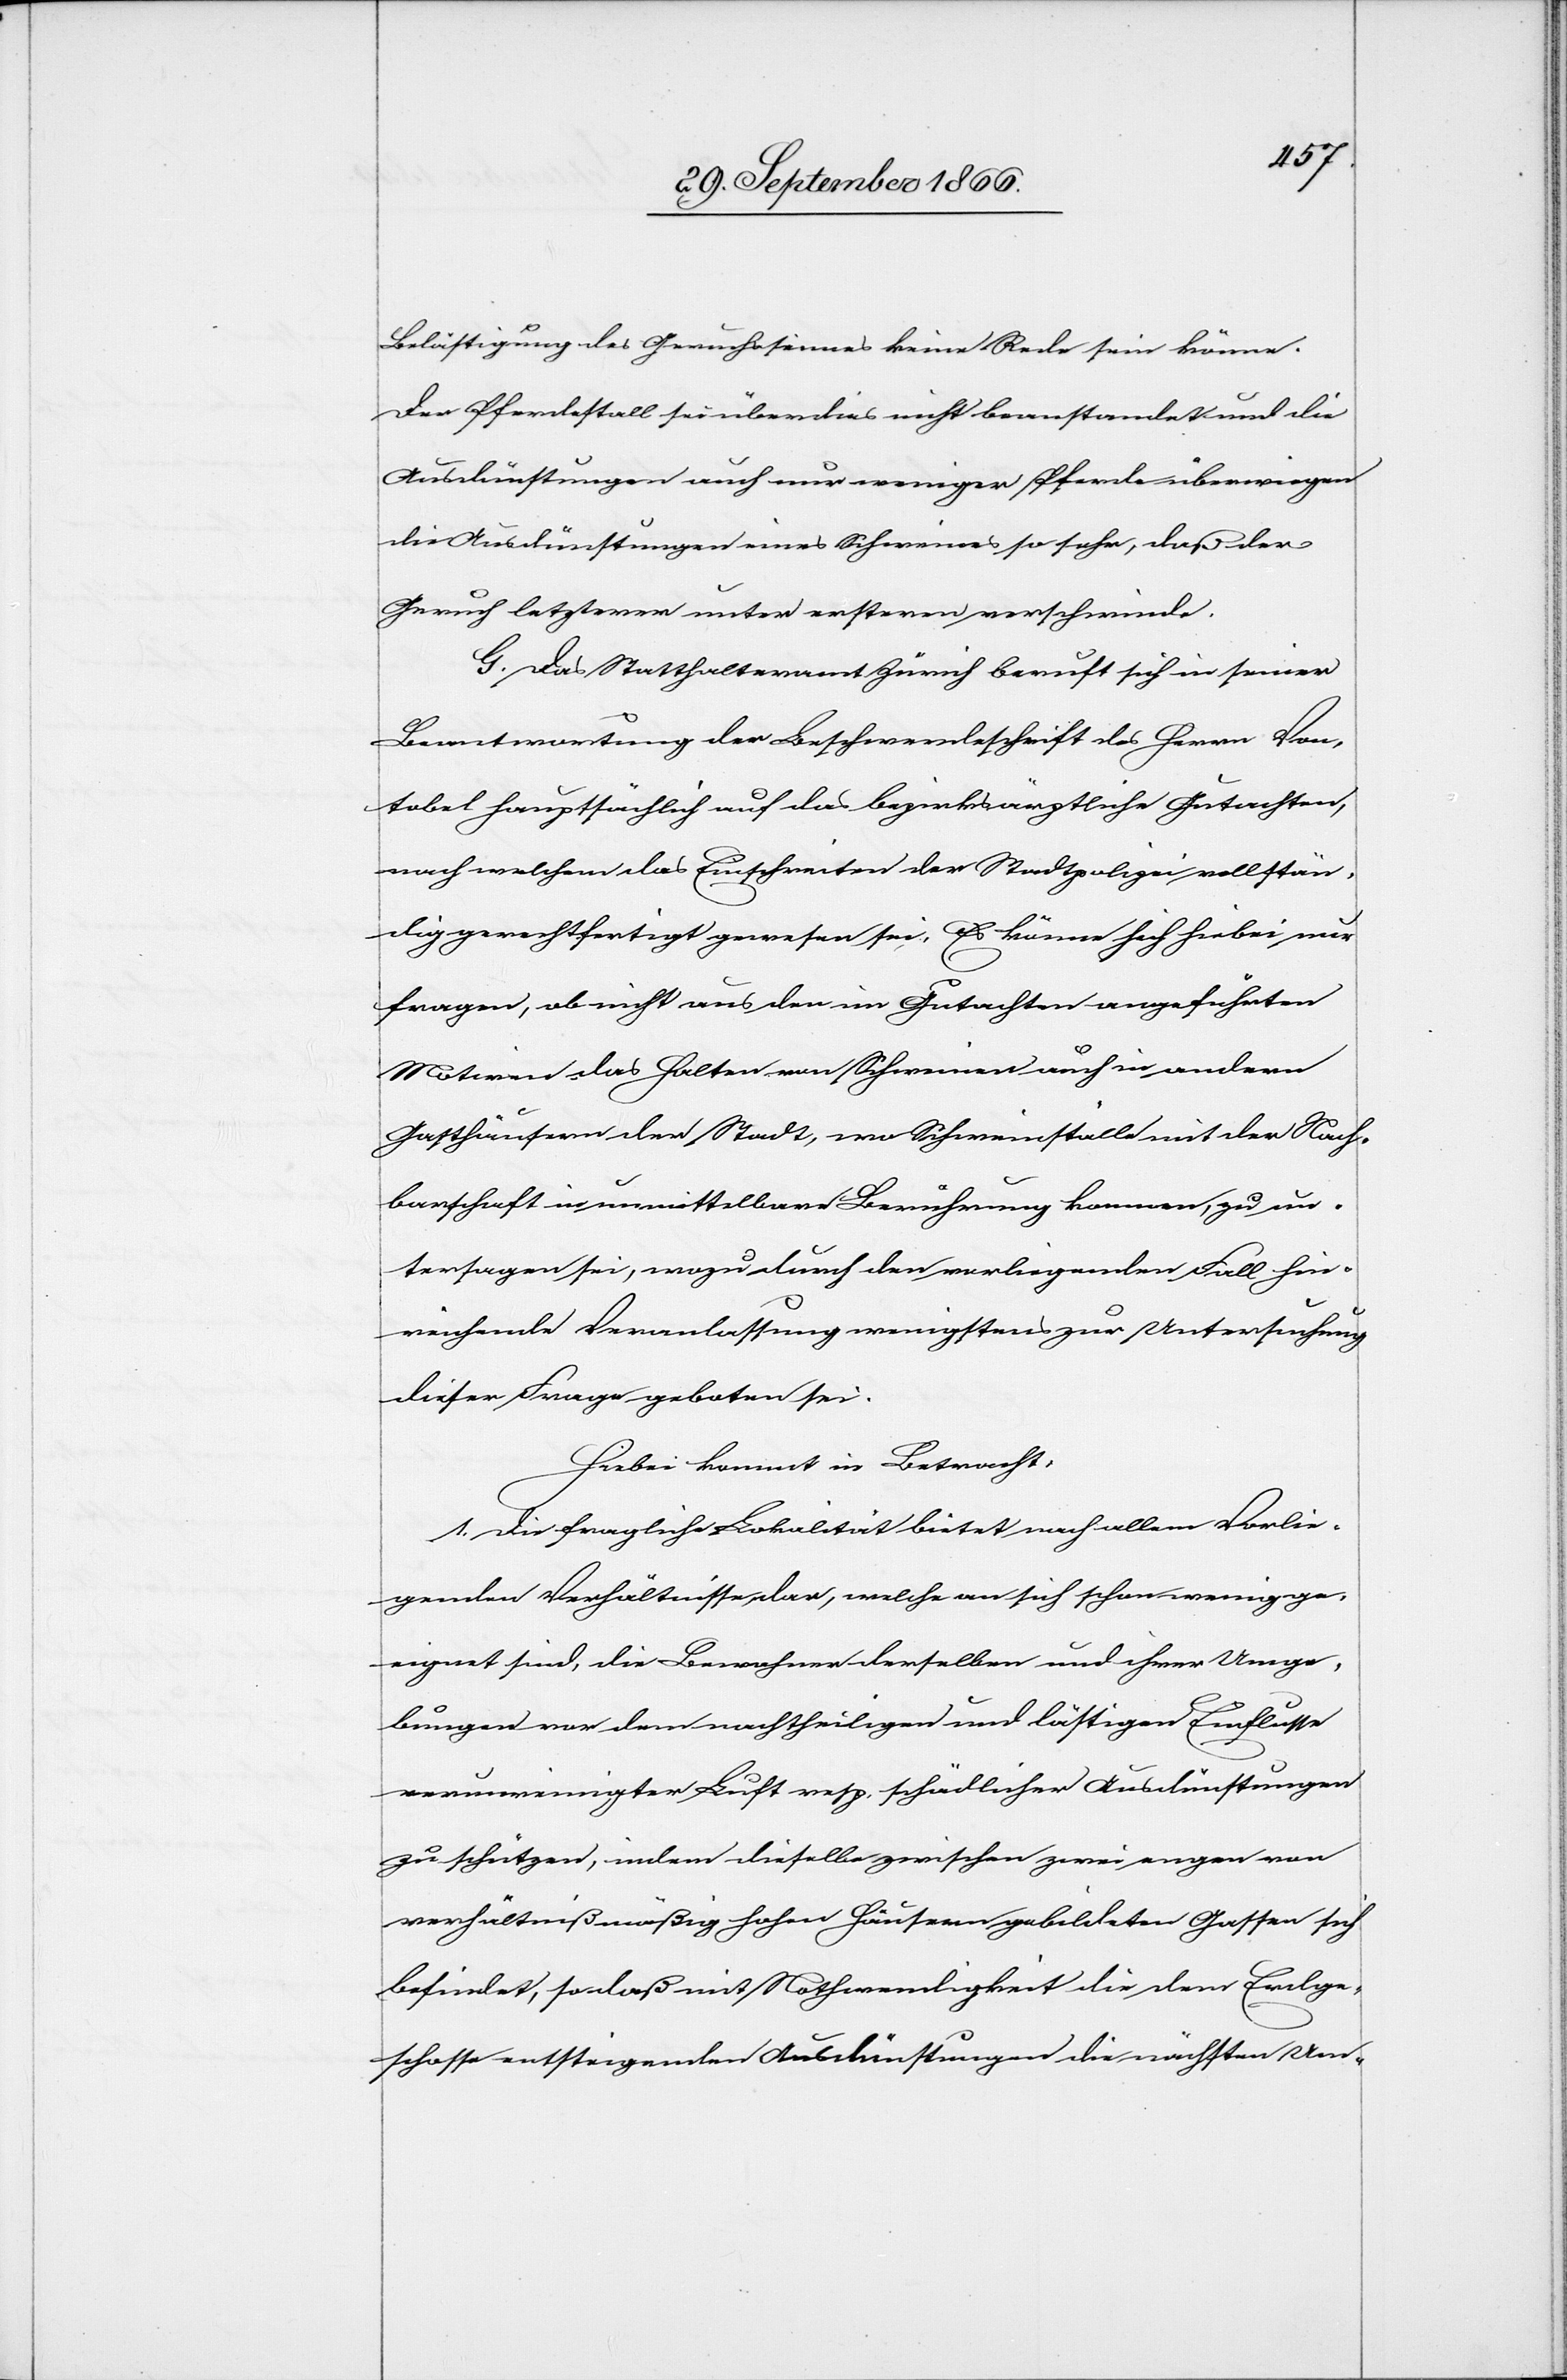
Belästigung des Geruchsinnes keine Rede sein könne.
Der Pferdestall sei überdies nicht beanstandet und die
Ausdünstungen auch nur weniger Pferde überwiegen
die Ausdünstungen eines Schweines so sehr, daß der
Geruch letzterer unter erstern verschwinde.
G. Das Statthalteramt Zürich beruft sich in seiner
Beantwortung der Beschwerdeschrift des Herrn Von¬
tobel hauptsächlich auf das bezirksräthliche Gutachten,
nach welchem das Einschreiten der Stadtpolizei vollstän¬
dig gerechtfertigt gewesen sei. Es könne sich hiebei nur
fragen, ob nicht aus den im Gutachten angeführten
Motiven das Halten von Schweinen in andern
Gasthäusern der Stadt, wo Schweinställe mit der Nach¬
barschaft in unmittelbare Berührung kommen, zu un¬
tersagen sei, wozu durch den vorliegenden Fall hin¬
reichende Veranlassung wenigstens zur Untersuchung
dieser Frage geboten sei.
Hiebei kommt in Betracht:
1. die fragliche Lokalität bietet nach allem Vorlie¬
genden Verhältnisse dar, welche an sich schon wenig ge¬
eignet sind, die Bewohner derselben und ihrer Umge¬
bungen vor dem nachtheiligen und lästigen Einflusse
verunreinigter Luft resp. schädlichen Ausdünstungen
zu schützen, indem dieselbe zwischen zwei engen von
verhältnißmäßig hohen Häusern gebildeten Gassen sich
befindet, so daß mit Nothwendigkeit die dem Erdge¬
schosse entsteigenden Ausdünstungen die nächsten Um-